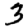
Digit: 3